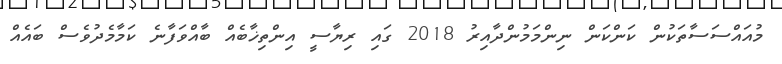
މުއައްސަސާތަކުން ކަންކަން ނިންމަމުންދާއިރު 2018 ގައި ރިޔާސީ އިންތިޚާބެއް ބާއްވަފާނެ ކަމާމެދުވެސް ބައެއް